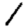
Digit: 1